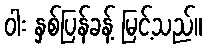
ဝါး နှစ်ပြန်ခန့် မြင့်သည်။